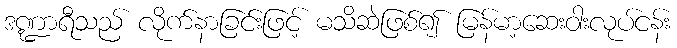
ဒဏ္ဍာရီသည် လိုက်နာခြင်းဖြင့် မသိဆဲဖြစ်၍ မြန်မာ့ဆေးဝါးလုပ်ငန်း